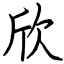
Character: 欣